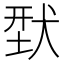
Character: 𬌳